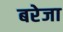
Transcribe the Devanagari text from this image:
बरेजा